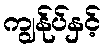
ကျွန်ုပ်နှင့်